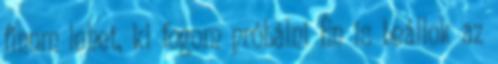
finom lehet, ki fogom próbálni Én is beállok az